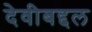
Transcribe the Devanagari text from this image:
देवीबद्दल